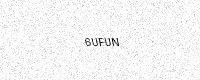
Text: 6UFUN